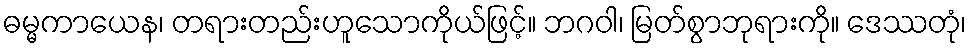
ဓမ္မကာယေန၊ တရားတည်းဟူသောကိုယ်ဖြင့်။ ဘဂဝါ၊ မြတ်စွာဘုရားကို။ ဒေဿတုံ၊